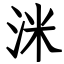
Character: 洣